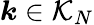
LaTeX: \boldsymbol k\in\mathcal{K}_{N}